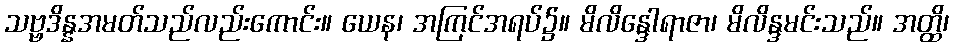
သဗ္ဗဒိန္နအမတ်သည်လည်းကောင်း။ ယေန၊ အကြင်အရပ်၌။ မိလိန္ဒေါရာဇာ၊ မိလိန္ဒမင်းသည်။ အတ္ထိ၊